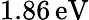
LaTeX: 1.86\, \mathrm{eV}